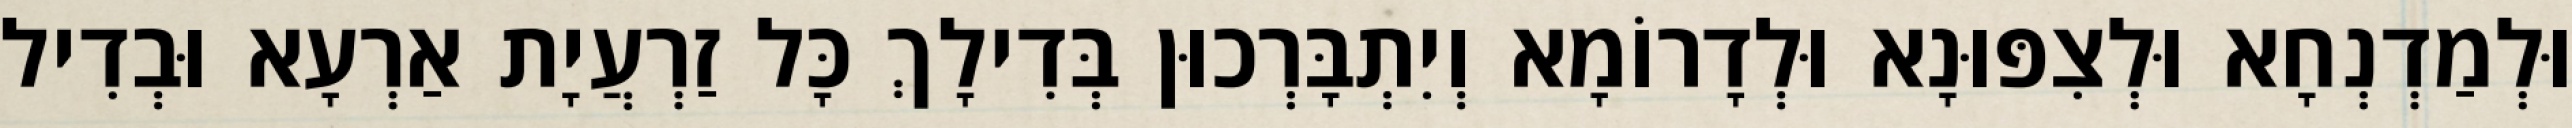
וּלְמַדְנְחָא וּלְצִפּוּנָא וּלְדָרוֹמָא וְיִתְבָּרְכוּן בְּדִילָךְ כָּל זַרְעֲיָת אַרְעָא וּבְדִיל